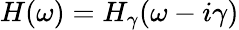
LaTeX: \begin{array}{r}{\begin{array}{r}{H(\omega)=H_{\gamma}(\omega-i\gamma)}\end{array}}\end{array}